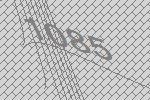
1085